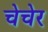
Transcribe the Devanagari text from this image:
चेचेर